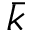
\bar { k }